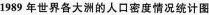
1989年世界各大洲的人口密度情况统计图